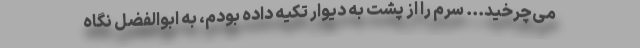
می‌چرخید... سرم را از پشت به دیوار تکیه داده بودم، به ابوالفضل نگاه